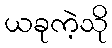
ယခုကဲ့သို